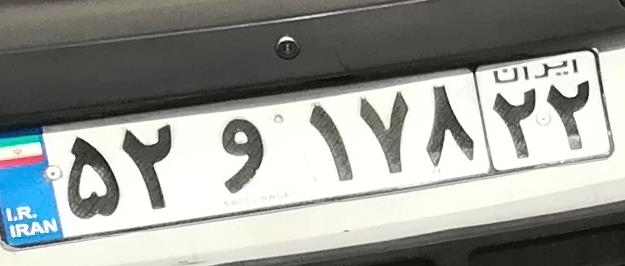
۵۲و۱۷۸۲۲